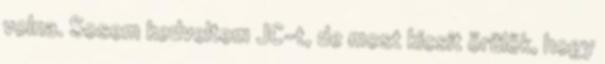
volna. Sosem kedveltem JC-t, de most kicsit örülök, hogy